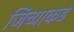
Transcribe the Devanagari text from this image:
जिच्याकडे